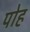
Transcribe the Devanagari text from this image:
पोह